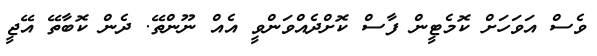
ވެސް އަަވަހަށް ކޮމެޓީން ފާސް ކޮށްދެއްވަންވީ އެއް ނޫންތޭ. ދެން ކޮބާތޭ އޭޖީ